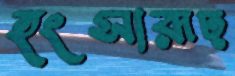
হংসারূঢ়